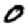
Digit: 0